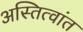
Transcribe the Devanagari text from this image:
अस्तित्वांत